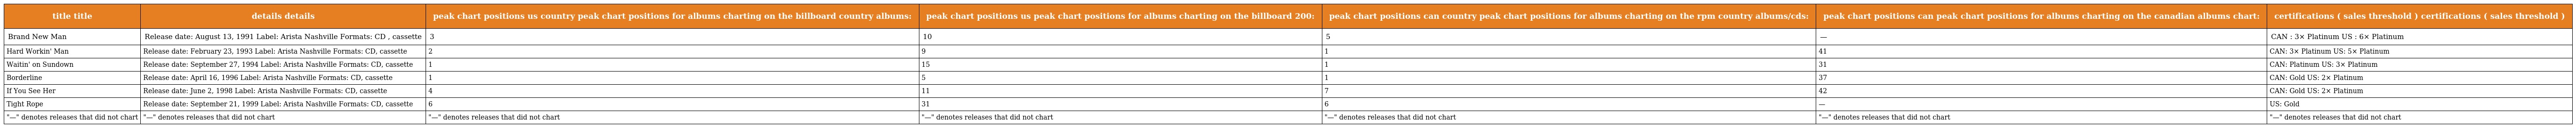
| title title | details details | peak chart positions us country peak chart positions for albums charting on the billboard country albums: | peak chart positions us peak chart positions for albums charting on the billboard 200: | peak chart positions can country peak chart positions for albums charting on the rpm country albums/cds: | peak chart positions can peak chart positions for albums charting on the canadian albums chart: | certifications ( sales threshold ) certifications ( sales threshold ) |
 | --- | --- | --- | --- | --- | --- | --- |
 | Brand New Man | Release date: August 13, 1991 Label: Arista Nashville Formats: CD , cassette | 3 | 10 | 5 | — | CAN : 3× Platinum US : 6× Platinum |
 | Hard Workin' Man | Release date: February 23, 1993 Label: Arista Nashville Formats: CD, cassette | 2 | 9 | 1 | 41 | CAN: 3× Platinum US: 5× Platinum |
 | Waitin' on Sundown | Release date: September 27, 1994 Label: Arista Nashville Formats: CD, cassette | 1 | 15 | 1 | 31 | CAN: Platinum US: 3× Platinum |
 | Borderline | Release date: April 16, 1996 Label: Arista Nashville Formats: CD, cassette | 1 | 5 | 1 | 37 | CAN: Gold US: 2× Platinum |
 | If You See Her | Release date: June 2, 1998 Label: Arista Nashville Formats: CD, cassette | 4 | 11 | 7 | 42 | CAN: Gold US: 2× Platinum |
 | Tight Rope | Release date: September 21, 1999 Label: Arista Nashville Formats: CD, cassette | 6 | 31 | 6 | — | US: Gold |
 | "—" denotes releases that did not chart | "—" denotes releases that did not chart | "—" denotes releases that did not chart | "—" denotes releases that did not chart | "—" denotes releases that did not chart | "—" denotes releases that did not chart | "—" denotes releases that did not chart |